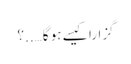
گزارا کیسے ہو گا…..؟